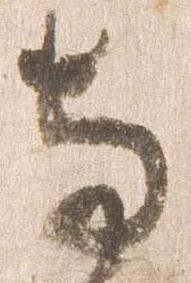
寺